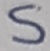
Text: S